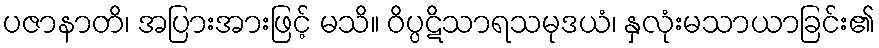
ပဇာနာတိ၊ အပြားအားဖြင့် မသိ။ ဝိပ္ပဋိသာရသမုဒယံ၊ နှလုံးမသာယာခြင်း၏